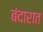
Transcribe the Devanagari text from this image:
बंदारात